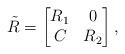
LaTeX: \begin{align*}\tilde R=\begin{bmatrix} R_1&0\\ C &R_2\end{bmatrix},\end{align*}